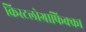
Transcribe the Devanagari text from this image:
क्रिस्टलोग्राफिक्का